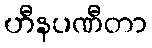
ဟီနပဏီတာ